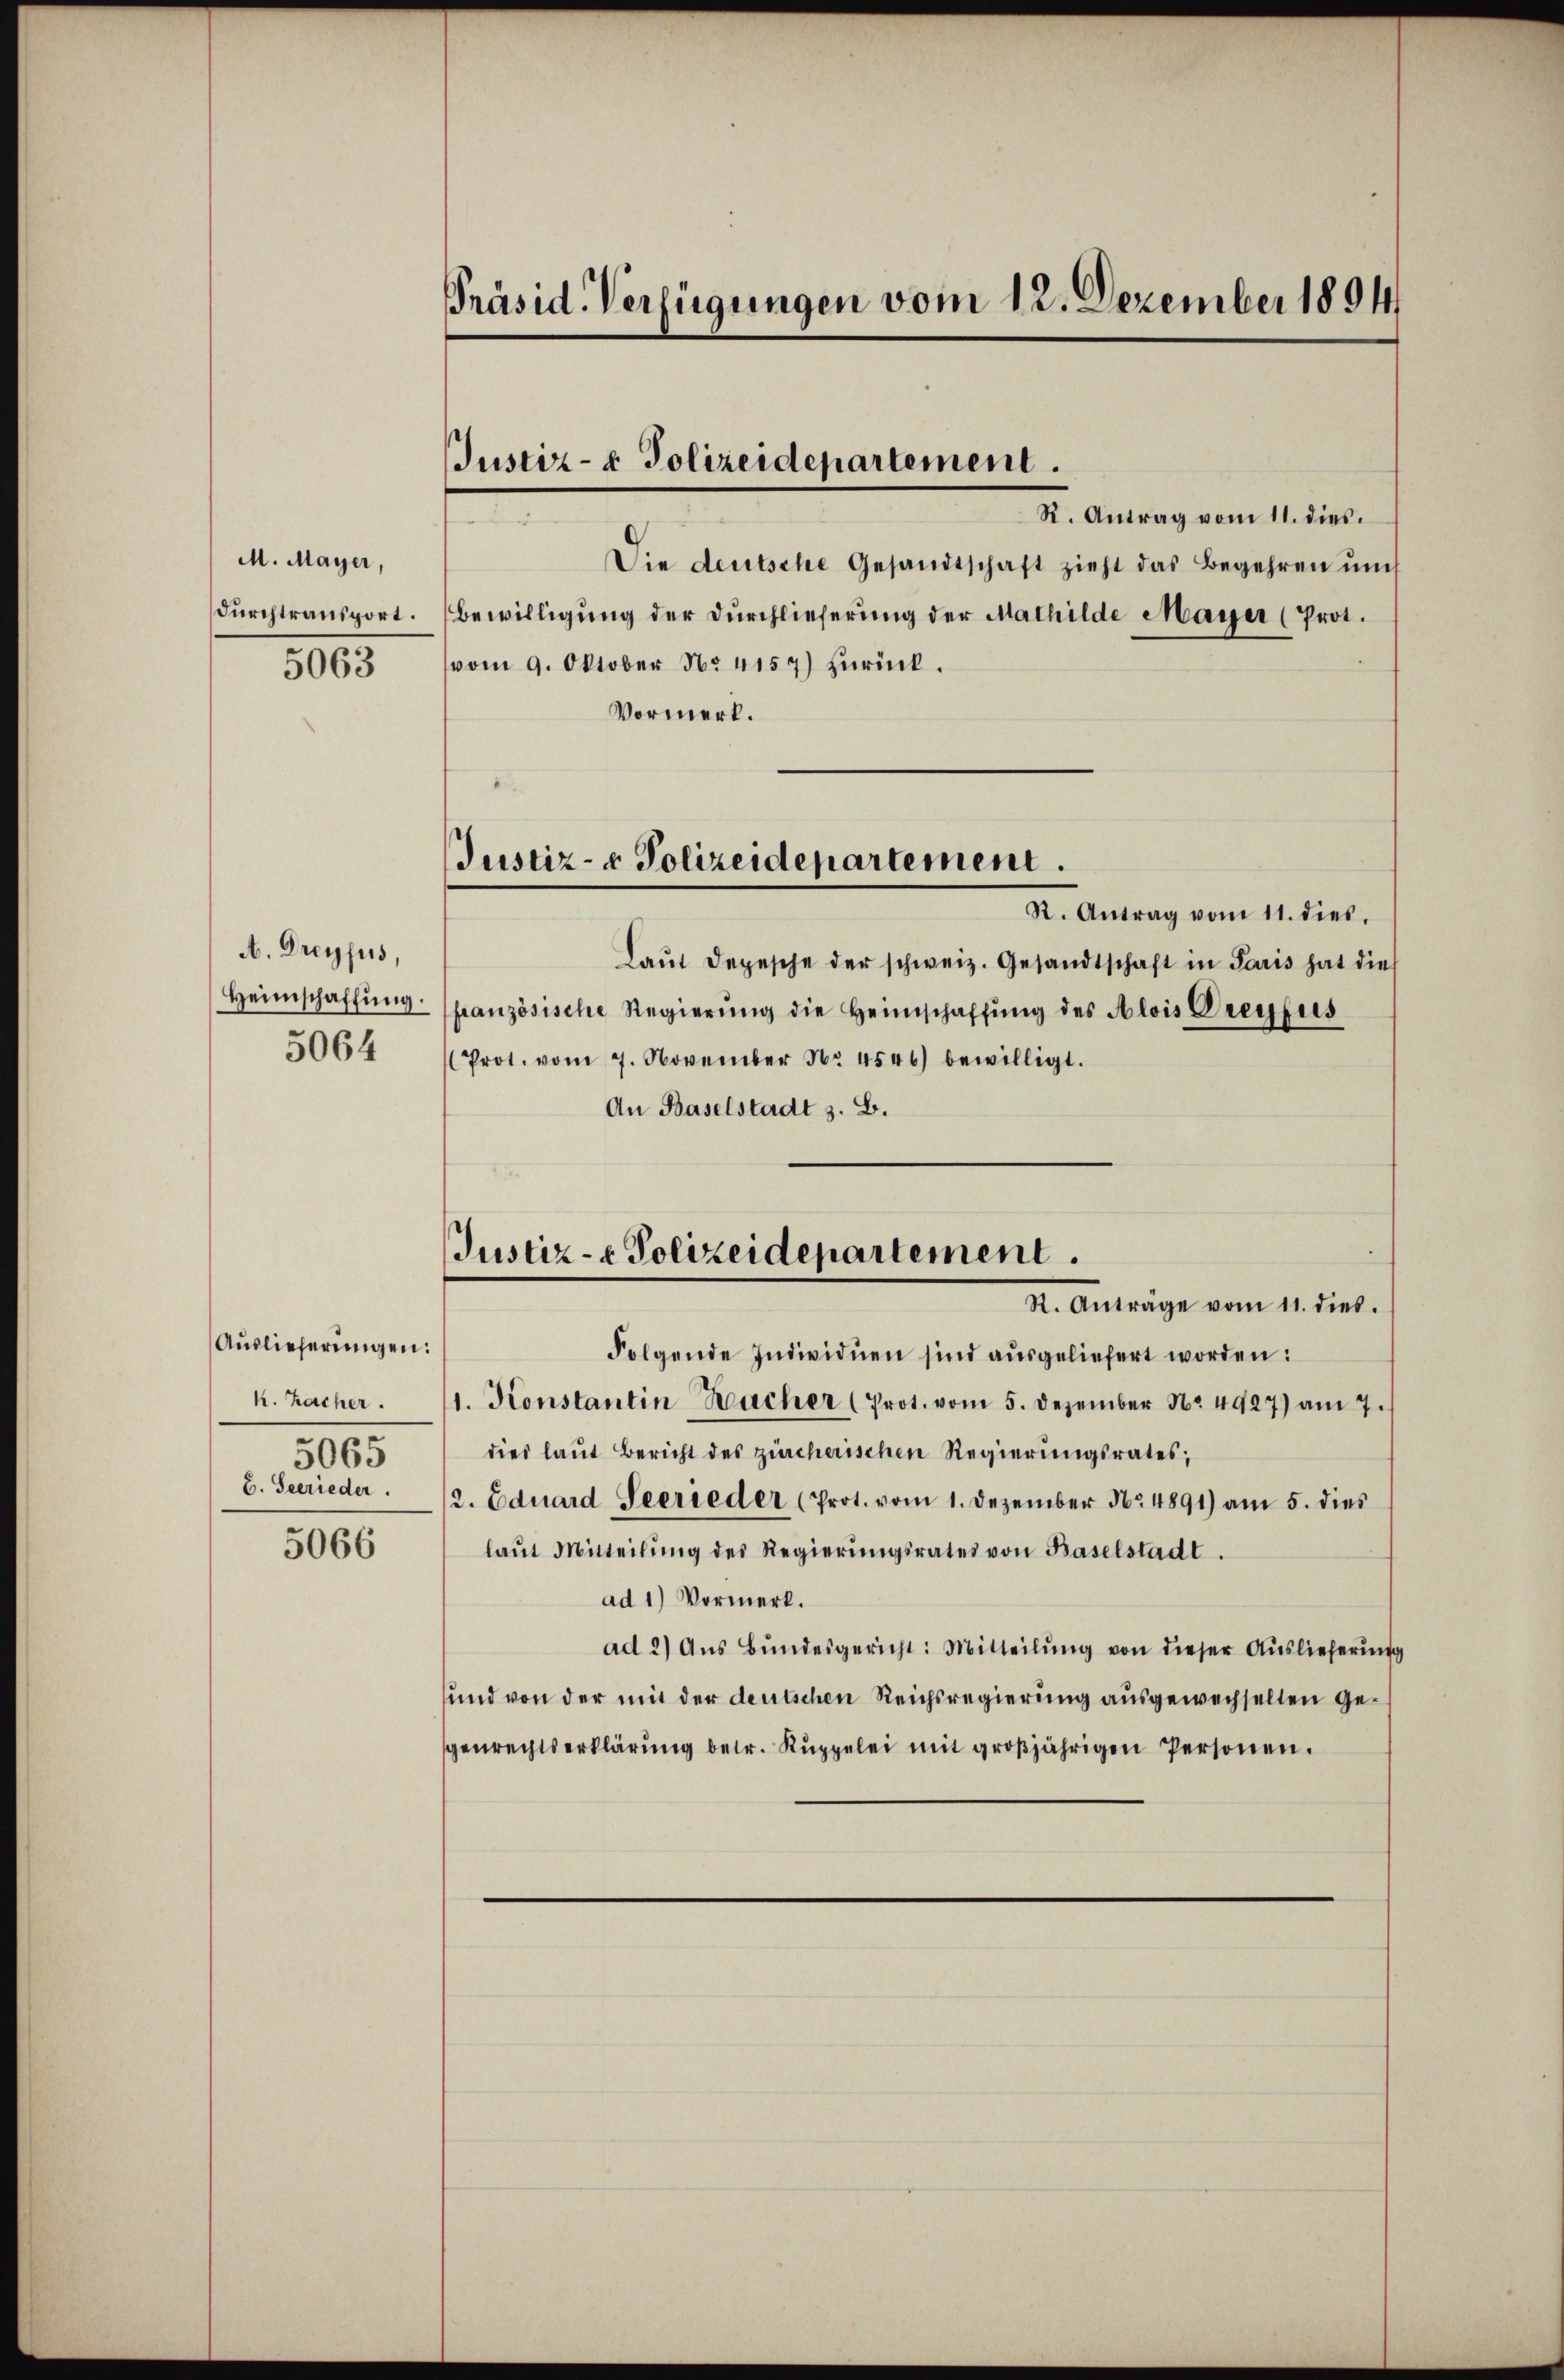
M. Mayer,
durchtransport.
5063

A. Dreyfuis,
Heimschaffung.
5064

Auslieferungen:
k. Zacher.
5065
6. Seerieder.

5066

Präsid. Verfügungen vom 12. Dezember 1894

JJustiz- & Polizeidepartement.

R. Antrag vom 11. dies
Die deutsche Gesandtschaft zieht das Begehren uns
bewilligung der Durchlieferung der Mathilde Mayer (Prot.
vom 9. Oktober No 4157) zŭrück.
Vormerk.
R. Antrag vom 11. dies.
Laŭt Depesche der schweiz. Gesandtschaft in Paris hat dies
französische Regierŭng die Heimschaffŭng des Alois Dreyfus
(Prot. vom 7. November No. 4546) bewilligt.
An Baselstadt z. B.
Justiz- & Polizeidepartement.
R. Anträge vom 11. dies.
Folgende Individuen sind ausgeliefert worden:
1. Konstantin Bacher (Prot. vom 5. Dezember No. 4927) am 7.
dies laut Bericht des zürcherischen Regierungsrates;
2. Eduard Secrieder (Prot. vom 1. Dezember No. 4891) am 5. dies
laŭt Mitteilŭng des Regierŭngsrates von Baselstadt.
ad 1) Vormerk.
ad 2) Aŭs Bŭndesgericht: Mitteilŭng von dieser Auslieferŭng
und von der mit der deutschen Reichsregierung ausgewechselten Gegenrechtserklärŭng betr. Kŭppelei mit groβjährigen Personen.

Justiz- & Polizeidepartement.